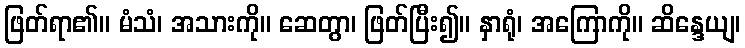
ဖြတ်ရာ၏။ မံသံ၊ အသားကို။ ဆေတွာ၊ ဖြတ်ပြီး၍။ နှာရုံ၊ အကြောကို။ ဆိန္ဒေယျ၊